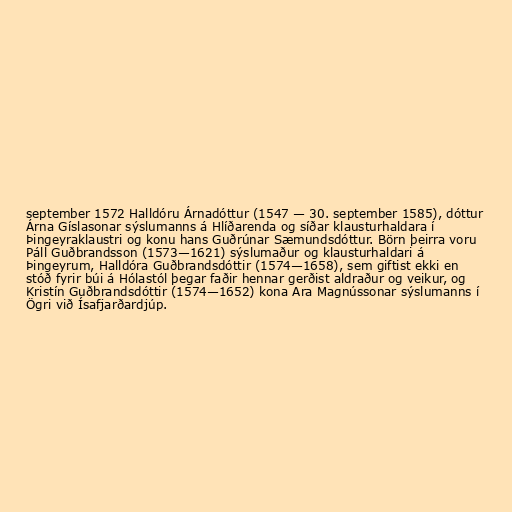
september 1572 Halldóru Árnadóttur (1547 — 30. september 1585), dóttur
Árna Gíslasonar sýslumanns á Hlíðarenda og síðar klausturhaldara í
Þingeyraklaustri og konu hans Guðrúnar Sæmundsdóttur. Börn þeirra voru
Páll Guðbrandsson (1573—1621) sýslumaður og klausturhaldari á
Þingeyrum, Halldóra Guðbrandsdóttir (1574—1658), sem giftist ekki en
stóð fyrir búi á Hólastól þegar faðir hennar gerðist aldraður og veikur, og
Kristín Guðbrandsdóttir (1574—1652) kona Ara Magnússonar sýslumanns í
Ögri við Ísafjarðardjúp.